Vaccination report Assam 1896-1927 - 1896-1927
Year: 1896
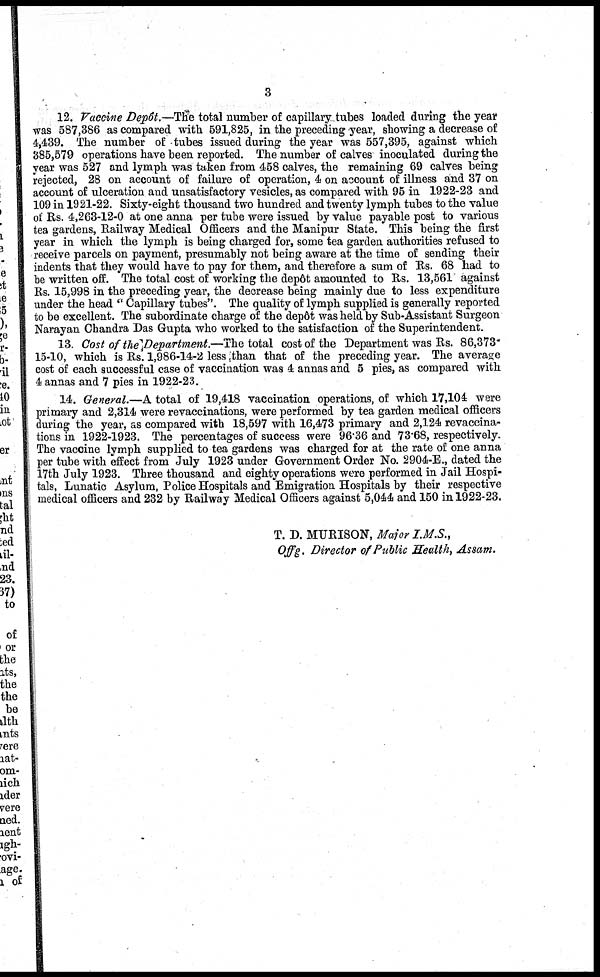
3
12. Vaccine Depôt.—The total number of capillary tubes loaded during the year
was 587,386 as compared with 591,825, in the preceding year, showing a decrease of
4,439. The number of tubes issued during the year was 557,395, against which
385,579 operations have been reported. The number of calves inoculated during the
year was 527 and lymph was taken from 458 calves, the remaining 69 calves being
rejected, 28 on account of failure of operation, 4 on account of illness and 37 on
account of ulceration and unsatisfactory vesicles, as compared with 95 in 1922-23 and
109 in 1921-22. Sixty-eight thousand two hundred and twenty lymph tubes to the value
of Rs. 4,263-12-0 at one anna per tube were issued by value payable post to various
tea gardens, Railway Medical Officers and the Manipur State. This being the first
year in which the lymph is being charged for, some tea garden authorities refused to
receive parcels on payment, presumably not being aware at the time of sending their
indents that they would have to pay for them, and therefore a sum of Rs. 68 had to
be written off. The total cost of working the depôt amounted to Rs. 13,561 against
Rs. 15,998 in the preceding year, the decrease being mainly due to less expenditure
under the head " Capillary tubes". The quality of lymph supplied is generally reported
to be excellent. The subordinate charge of the depôt was held by Sub-Assistant Surgeon
Narayan Chandra Das Gupta who worked to the satisfaction of the Superintendent.
13. Cost of the Department.—The total cost of the Department was Rs. 86,373-
15-10, which is Rs. 1,986-14-2 less than that of the preceding year. The average
cost of each successful case of vaccination was 4 annas and 5 pies, as compared with
4 annas and 7 pies in 1922-23.
14. General.—A total of 19,418 vaccination operations, of which 17,104 were
primary and 2,314 were revaccinations, were performed by tea garden medical officers
during the year, as compared with 18,597 with 16,473 primary and 2,124 revaccina-
tions in 1922-1923. The percentages of success were 96.36 and 73.68, respectively.
The vaccine lymph supplied to tea gardens was charged for at the rate of one anna
per tube with effect from July 1923 under Government Order No. 2904-E., dated the
17th July 1923. Three thousand and eighty operations were performed in Jail Hospi-
tals, Lunatic Asylum, Police Hospitals and Emigration Hospitals by their respective
medical officers and 232 by Railway Medical Officers against 5,044 and 150 in 1922-23.
T. D. MURISON, Major I.M.S.,
Offg. Director of Public Health, Assam.